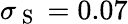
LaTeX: \sigma_{\mathrm{~S~}}=0.07